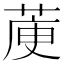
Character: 𦳅